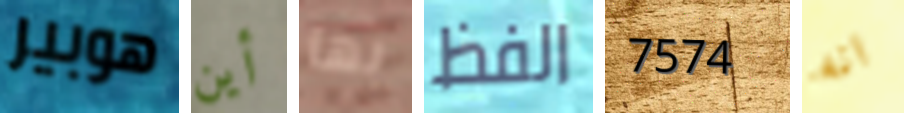
هوبير أين بها الفظ 7574 انه